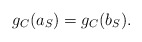
\begin{align*}g_C(a_S)=g_C(b_S).\end{align*}